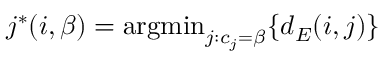
\begin{array} { r } { j ^ { \ast } ( i , \beta ) = \operatornamewithlimits { a r g m i n } _ { j : c _ { j } = \beta } \{ d _ { E } ( i , j ) \} } \end{array}